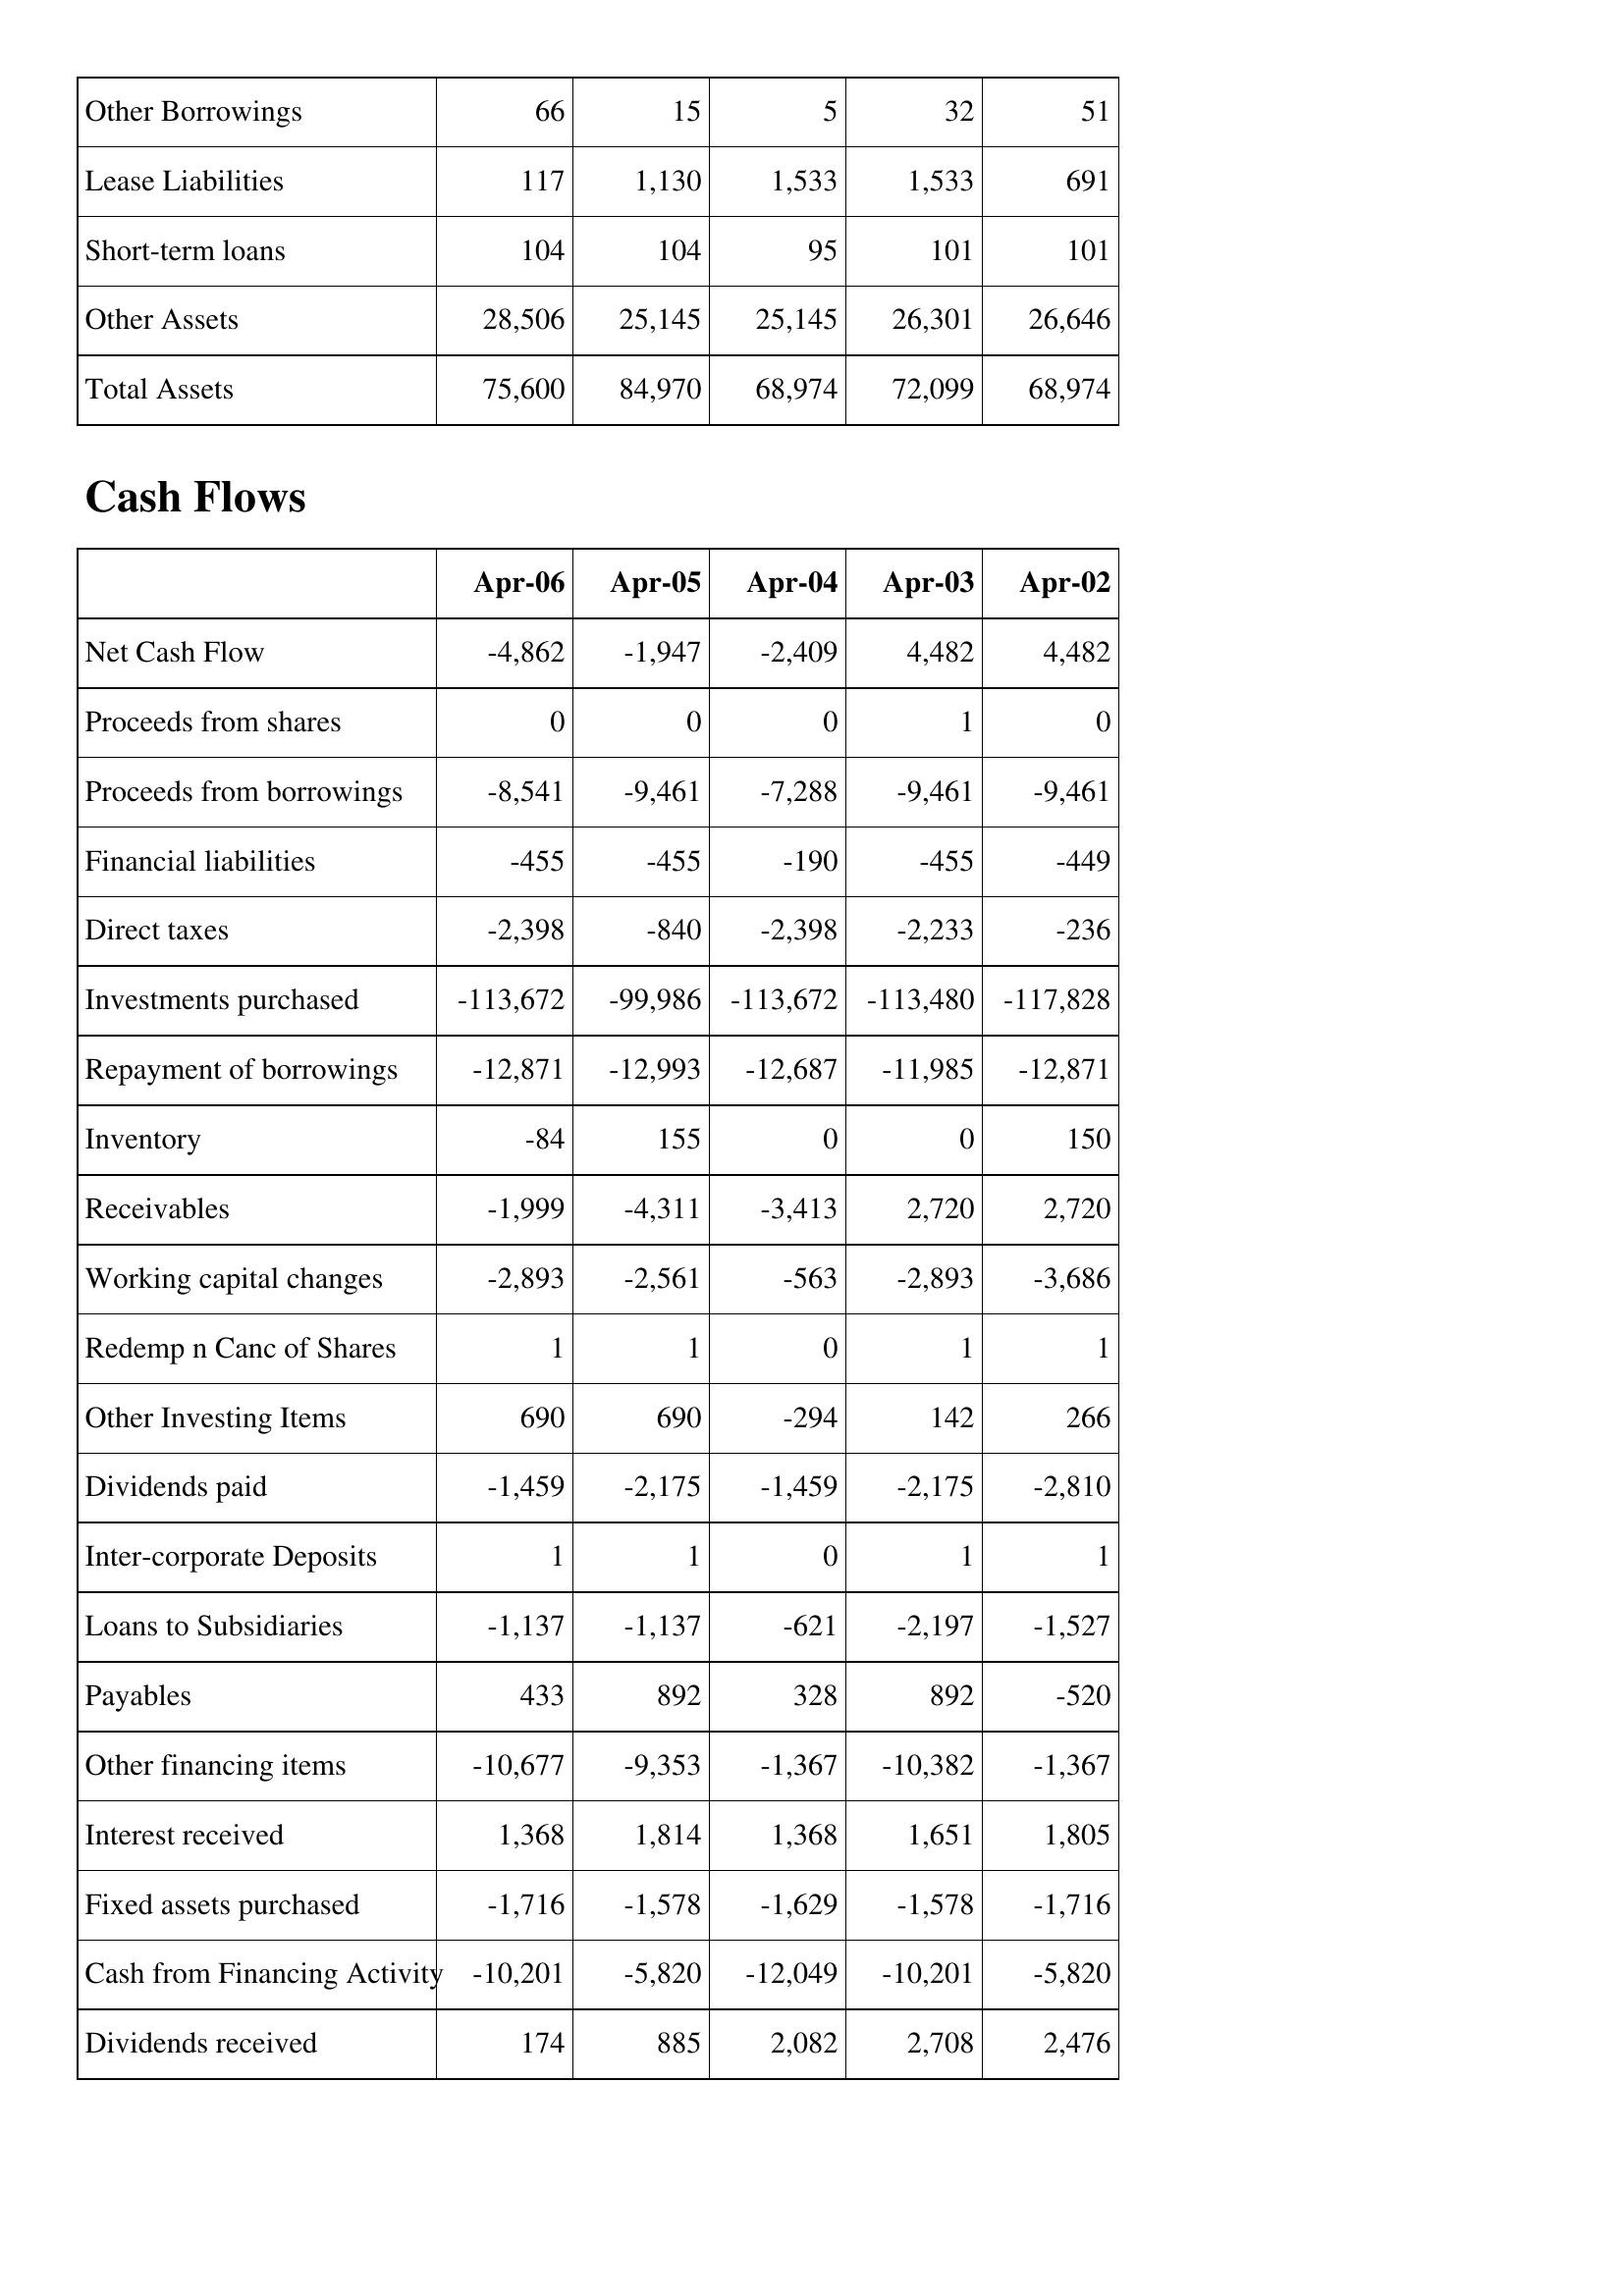
Apr-06: Balance Sheet: Other Borrowings: 66
Lease Liabilities: 117
Short-term loans: 104
Other Assets: 28,506
Total Assets: 75,600
Cash Flows: Net Cash Flow: -4,862
Proceeds from shares: 0
Proceeds from borrowings: -8,541
Financial liabilities: -455
Direct taxes: -2,398
Investments purchased: -113,672
Repayment of borrowings: -12,871
Inventory: -84
Receivables: -1,999
Working capital changes: -2,893
Redemp n Canc of Shares: 1
Other Investing Items: 690
Dividends paid: -1,459
Inter-corporate Deposits: 1
Loans to Subsidiaries: -1,137
Payables: 433
Other financing items: -10,677
Interest received: 1,368
Fixed assets purchased: -1,716
Cash from Financing Activity: -10,201
Dividends received: 174
Apr-05: Balance Sheet: Other Borrowings: 15
Lease Liabilities: 1,130
Short-term loans: 104
Other Assets: 25,145
Total Assets: 84,970
Cash Flows: Net Cash Flow: -1,947
Proceeds from shares: 0
Proceeds from borrowings: -9,461
Financial liabilities: -455
Direct taxes: -840
Investments purchased: -99,986
Repayment of borrowings: -12,993
Inventory: 155
Receivables: -4,311
Working capital changes: -2,561
Redemp n Canc of Shares: 1
Other Investing Items: 690
Dividends paid: -2,175
Inter-corporate Deposits: 1
Loans to Subsidiaries: -1,137
Payables: 892
Other financing items: -9,353
Interest received: 1,814
Fixed assets purchased: -1,578
Cash from Financing Activity: -5,820
Dividends received: 885
Apr-04: Balance Sheet: Other Borrowings: 5
Lease Liabilities: 1,533
Short-term loans: 95
Other Assets: 25,145
Total Assets: 68,974
Cash Flows: Net Cash Flow: -2,409
Proceeds from shares: 0
Proceeds from borrowings: -7,288
Financial liabilities: -190
Direct taxes: -2,398
Investments purchased: -113,672
Repayment of borrowings: -12,687
Inventory: 0
Receivables: -3,413
Working capital changes: -563
Redemp n Canc of Shares: 0
Other Investing Items: -294
Dividends paid: -1,459
Inter-corporate Deposits: 0
Loans to Subsidiaries: -621
Payables: 328
Other financing items: -1,367
Interest received: 1,368
Fixed assets purchased: -1,629
Cash from Financing Activity: -12,049
Dividends received: 2,082
Apr-03: Balance Sheet: Other Borrowings: 32
Lease Liabilities: 1,533
Short-term loans: 101
Other Assets: 26,301
Total Assets: 72,099
Cash Flows: Net Cash Flow: 4,482
Proceeds from shares: 1
Proceeds from borrowings: -9,461
Financial liabilities: -455
Direct taxes: -2,233
Investments purchased: -113,480
Repayment of borrowings: -11,985
Inventory: 0
Receivables: 2,720
Working capital changes: -2,893
Redemp n Canc of Shares: 1
Other Investing Items: 142
Dividends paid: -2,175
Inter-corporate Deposits: 1
Loans to Subsidiaries: -2,197
Payables: 892
Other financing items: -10,382
Interest received: 1,651
Fixed assets purchased: -1,578
Cash from Financing Activity: -10,201
Dividends received: 2,708
Apr-02: Balance Sheet: Other Borrowings: 51
Lease Liabilities: 691
Short-term loans: 101
Other Assets: 26,646
Total Assets: 68,974
Cash Flows: Net Cash Flow: 4,482
Proceeds from shares: 0
Proceeds from borrowings: -9,461
Financial liabilities: -449
Direct taxes: -236
Investments purchased: -117,828
Repayment of borrowings: -12,871
Inventory: 150
Receivables: 2,720
Working capital changes: -3,686
Redemp n Canc of Shares: 1
Other Investing Items: 266
Dividends paid: -2,810
Inter-corporate Deposits: 1
Loans to Subsidiaries: -1,527
Payables: -520
Other financing items: -1,367
Interest received: 1,805
Fixed assets purchased: -1,716
Cash from Financing Activity: -5,820
Dividends received: 2,476